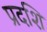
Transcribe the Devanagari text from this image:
प्रदशि